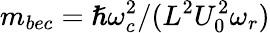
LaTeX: m_{bec}=\hslash\omega_{c}^{2}/(L^{2}U_{0}^{2}\omega_{r})